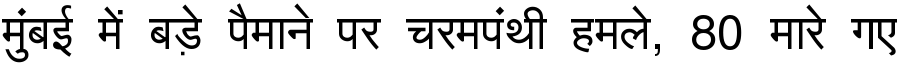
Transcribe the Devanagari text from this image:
मुंबई में बड़े पैमाने पर चरमपंथी हमले, 80 मारे गए